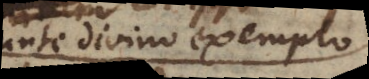
praeeunte divino exemplo